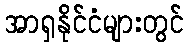
အာရှနိုင်ငံများတွင်